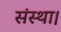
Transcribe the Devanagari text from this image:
संस्था।